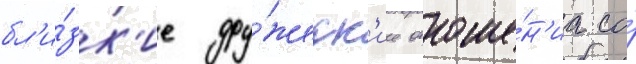
бл'и́зк'ие дру́жеск'ие отноше́н'иа со́